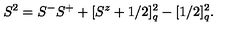
S ^ { 2 } = S ^ { - } S ^ { + } + [ S ^ { z } + 1 / 2 ] _ { q } ^ { 2 } - [ 1 / 2 ] _ { q } ^ { 2 } .